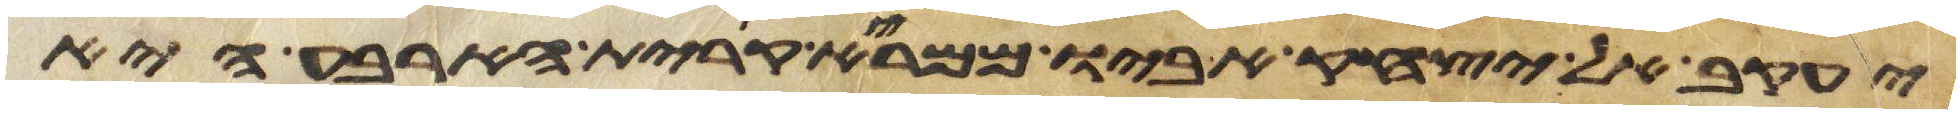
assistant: יעקב אל יצחק אביו ממרא קרית הארבע היא